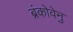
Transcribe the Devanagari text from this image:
ब्रंकोवेनु